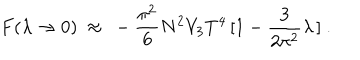
LaTeX: { } F ( \lambda \to 0 ) ~ \approx ~ - \frac { \pi ^ { 2 } } { 6 } N ^ { 2 } V _ { 3 } T ^ { 4 } \, [ 1 - \frac { 3 } { 2 \pi ^ { 2 } } \lambda \, ] \ .